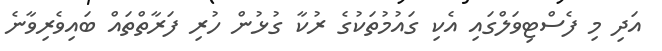
އަދި މި ފެސްޓިވަލްގައި އެކި ގައުމުތަކުގެ ރުކާ ގުޅުން ހުރި ފަރާތްތައް ބައިވެރިވާނެ